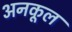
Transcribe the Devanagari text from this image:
अनकूल